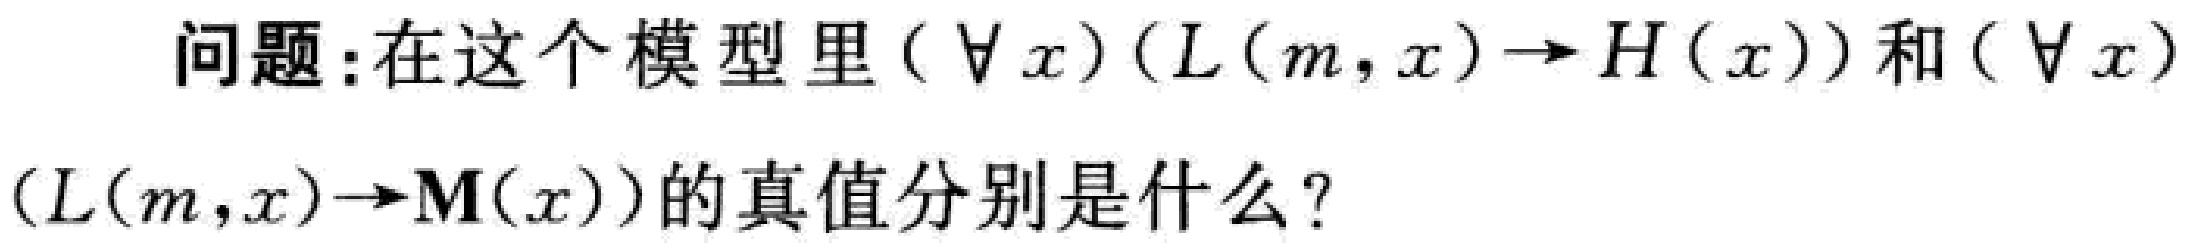
问题：在这个模型里$(\forall x)(L(m,x)\to H(x))$和$(\forall x)(L(m,x)\to \mathbf{M}(x))$的真值分别是什么？